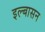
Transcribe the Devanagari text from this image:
इल्बासन